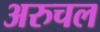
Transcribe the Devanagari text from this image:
अरुचल